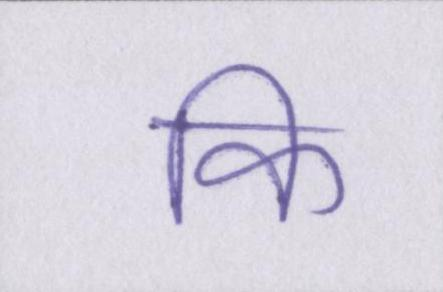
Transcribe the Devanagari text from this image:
कि